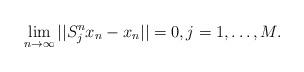
LaTeX: \begin{align*}\lim_{n\to\infty}||S_j^nx_n-x_n||=0, j=1,\ldots,M.\end{align*}